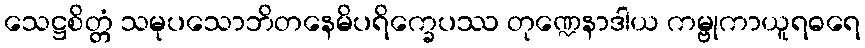
သေဋ္ဌစိတ္တံ သမုပသောဘိတနေမိပရိက္ခေပဿ တုဏ္ဍေနာဒါယ ကမ္ဗုကာယူရဓရေ